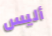
أليس